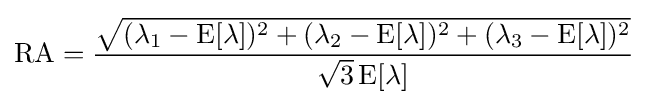
\mathrm {RA} ={\frac {\sqrt {(\lambda _{1}-\operatorname {E} [\lambda ])^{2}+(\lambda _{2}-\operatorname {E} [\lambda ])^{2}+(\lambda _{3}-\operatorname {E} [\lambda ])^{2}}}{{\sqrt {3}}\operatorname {E} [\lambda ]}}